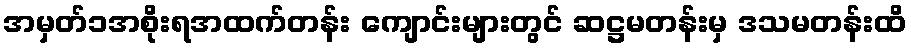
အမှတ်၁အစိုးရအထက်တန်း ကျောင်းများတွင် ဆဋ္ဌမတန်းမှ ဒသမတန်းထိ